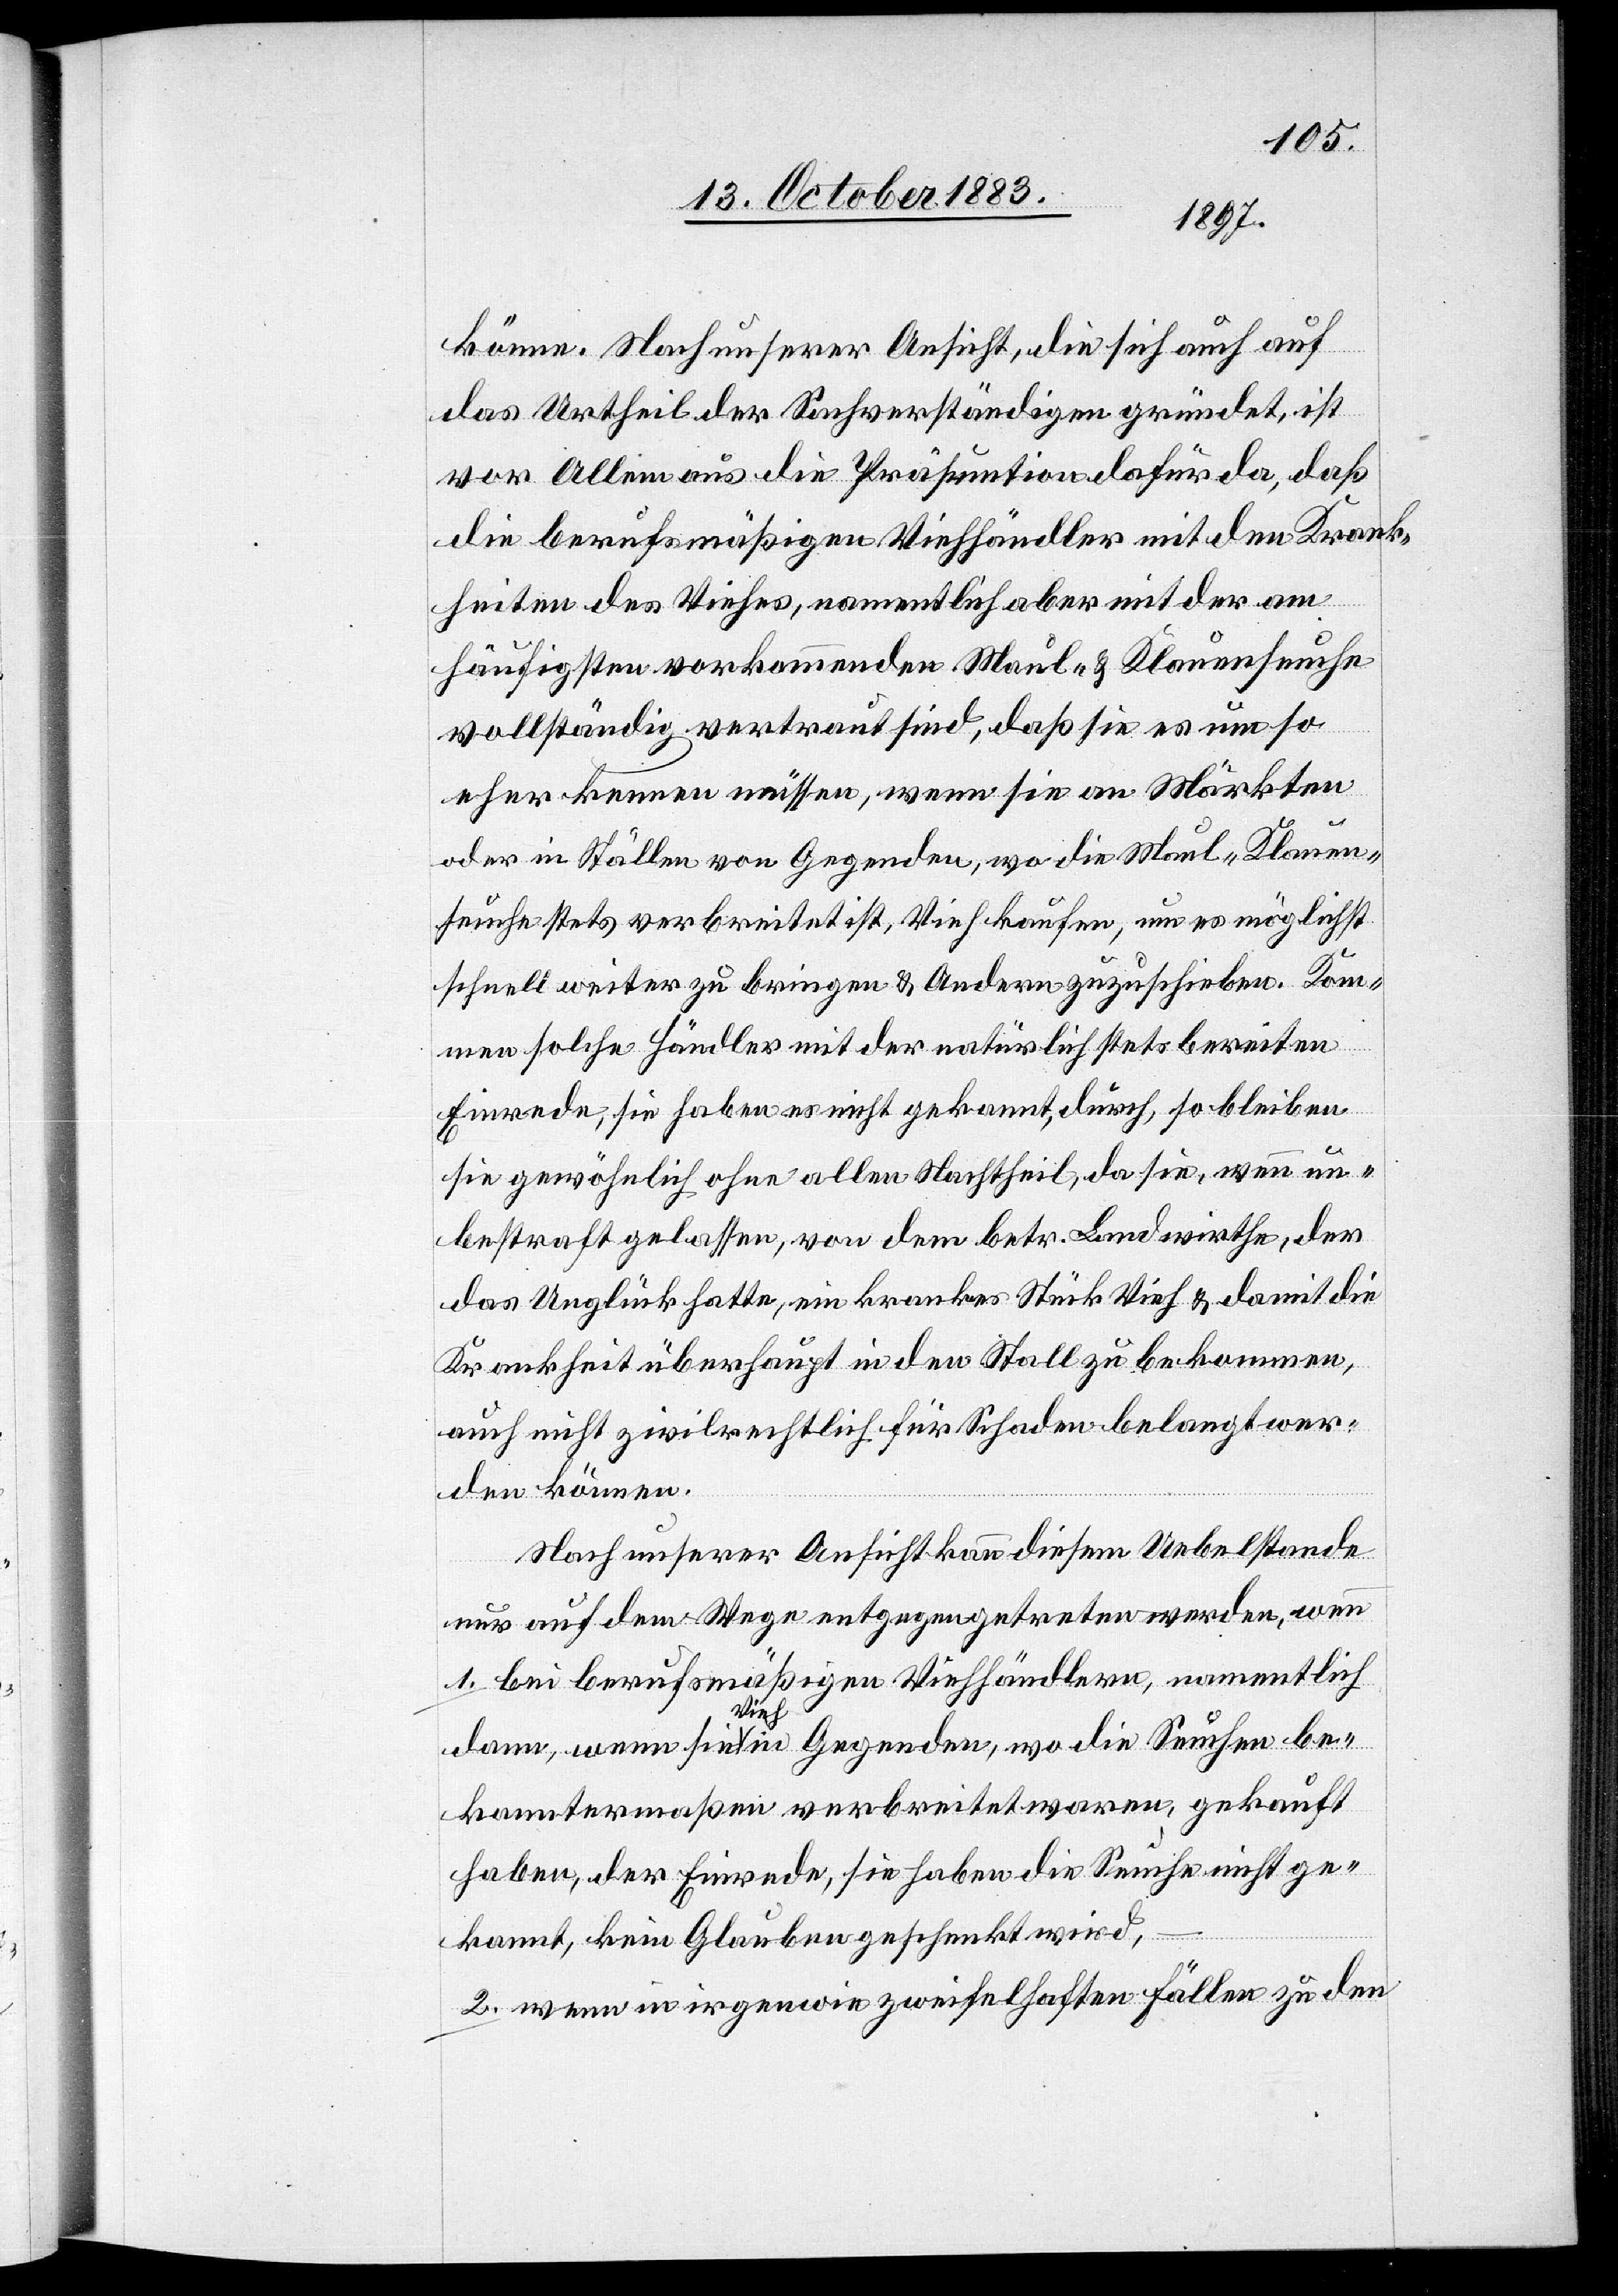
könne. Nach unserer Ansicht, die sich auch auf
das Urtheil der Sachverständigen gründet, ist
vor Allem aus die Präsumption dafür da, daß
die berufsmäßigen Viehhändler mit den Krank¬
heiten des Viehes, namentlich aber mit der am
häufigsten vorkommenden Maul- & Klauenseuche
vollständig vertraut sind, daß sie es um so
eher kennen müssen, wenn sie an Märkten
oder in Ställen von Gegenden, wo die Maul-Klauen¬
seuche stets verbreitet ist, Vieh kaufen, um es möglichst
schnell weiter zu bringen & Andern zuzuschieben. Kom¬
men solche Händler mit der natürlich stets bereiten
Einrede, sie haben es nicht gekannt, durch, so bleiben
sie gewöhnlich ohne allen Nachtheil, da sie, wenn un¬
bestraft gelassen, von dem betr. Landwirthe, der
das Unglück hatte, ein krankes Stück Vieh & damit die
Krankheit überhaupt in den Stall zu bekommen,
auch nicht zivilrechtlich für Schaden belangt wer¬
den können.
Nach unserer Ansicht kann diesem Uebelstande
nur auf dem Wege entgegengetreten werden, wenn
1. bei berufsmäßigen Viehhändlern, namentlich
dann, wenn sie Vieh in Gegenden, wo die Seuchen be¬
kanntermaßen verbreitet waren, gekauft
haben, der Einrede, sie haben die Seuche nicht ge¬
kannt, kein Glauben geschenkt wird,
2. wenn in irgendwie zweifelhaften Fällen zu den